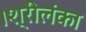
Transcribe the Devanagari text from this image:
।श्रीलंका